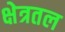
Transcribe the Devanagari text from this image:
क्षेत्रतल